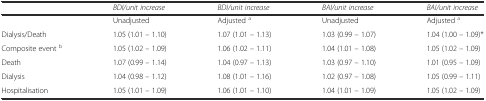
<table><thead><tr><td></td><td><b><i>BDI/unit increase</i></b></td><td><b><i>BDI/unit increase</i></b></td><td><b><i>BAI/unit increase</i></b></td><td><b><i>BAI/unit increase</i></b></td></tr></thead><tbody><tr><td></td><td>Unadjusted</td><td>Adjusted <sup>a</sup></td><td>Unadjusted</td><td>Adjusted <sup>a</sup></td></tr><tr><td>Dialysis/Death</td><td>1.05 (1.01 – 1.10)</td><td>1.07 (1.01 – 1.13)</td><td>1.03 (0.99 – 1.07)</td><td>1.04 (1.00 – 1.09)*</td></tr><tr><td>Composite event <sup>b</sup></td><td>1.05 (1.02 – 1.09)</td><td>1.06 (1.02 – 1.11)</td><td>1.04 (1.01 – 1.08)</td><td>1.05 (1.02 – 1.09)</td></tr><tr><td>Death</td><td>1.07 (0.99 – 1.14)</td><td>1.04 (0.97 – 1.13)</td><td>1.03 (0.97 – 1.10)</td><td>1.01 (0.95 – 1.09)</td></tr><tr><td>Dialysis</td><td>1.04 (0.98 – 1.12)</td><td>1.08 (1.01 – 1.16)</td><td>1.02 (0.97 – 1.08)</td><td>1.05 (0.99 – 1.11)</td></tr><tr><td>Hospitalisation</td><td>1.05 (1.01 – 1.09)</td><td>1.06 (1.01 – 1.10)</td><td>1.04 (1.01 – 1.09)</td><td>1.05 (1.02 – 1.09)</td></tr></tbody></table>